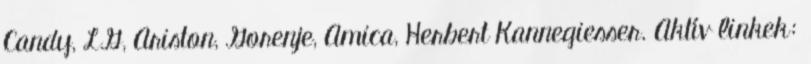
Candy, LG, Ariston, Gorenje, Amica, Herbert Kannegiesser. Aktív linkek: